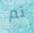
تم